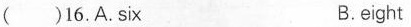
( )16.A.six B.eight